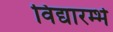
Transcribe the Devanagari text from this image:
विद्यारम्भे